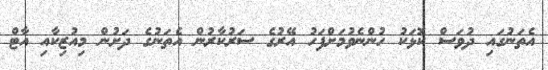
އެތަނުގައި ދުވަސް ކޮޅަކު ހުންނެވުމަށްފަހު އޭރުގެ ސަރުކާރުން އެތަނުގެ ދަށުން މިއުޒިކާއި އާޓް